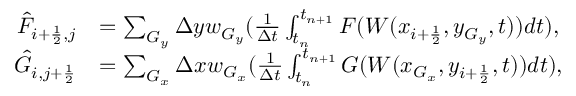
\begin{array} { r l } { \Hat F _ { i + \frac { 1 } { 2 } , j } } & { = \sum _ { G _ { y } } \Delta y w _ { G _ { y } } ( \frac { 1 } { \Delta t } \int _ { t _ { n } } ^ { t _ { n + 1 } } F ( W ( x _ { i + \frac { 1 } { 2 } } , y _ { G _ { y } } , t ) ) d t ) , } \\ { \Hat G _ { i , j + \frac { 1 } { 2 } } } & { = \sum _ { G _ { x } } \Delta x w _ { G _ { x } } ( \frac { 1 } { \Delta t } \int _ { t _ { n } } ^ { t _ { n + 1 } } G ( W ( x _ { G _ { x } } , y _ { i + \frac { 1 } { 2 } } , t ) ) d t ) , } \end{array}